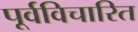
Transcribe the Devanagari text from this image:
पूर्वविचारित